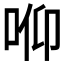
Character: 𱒟